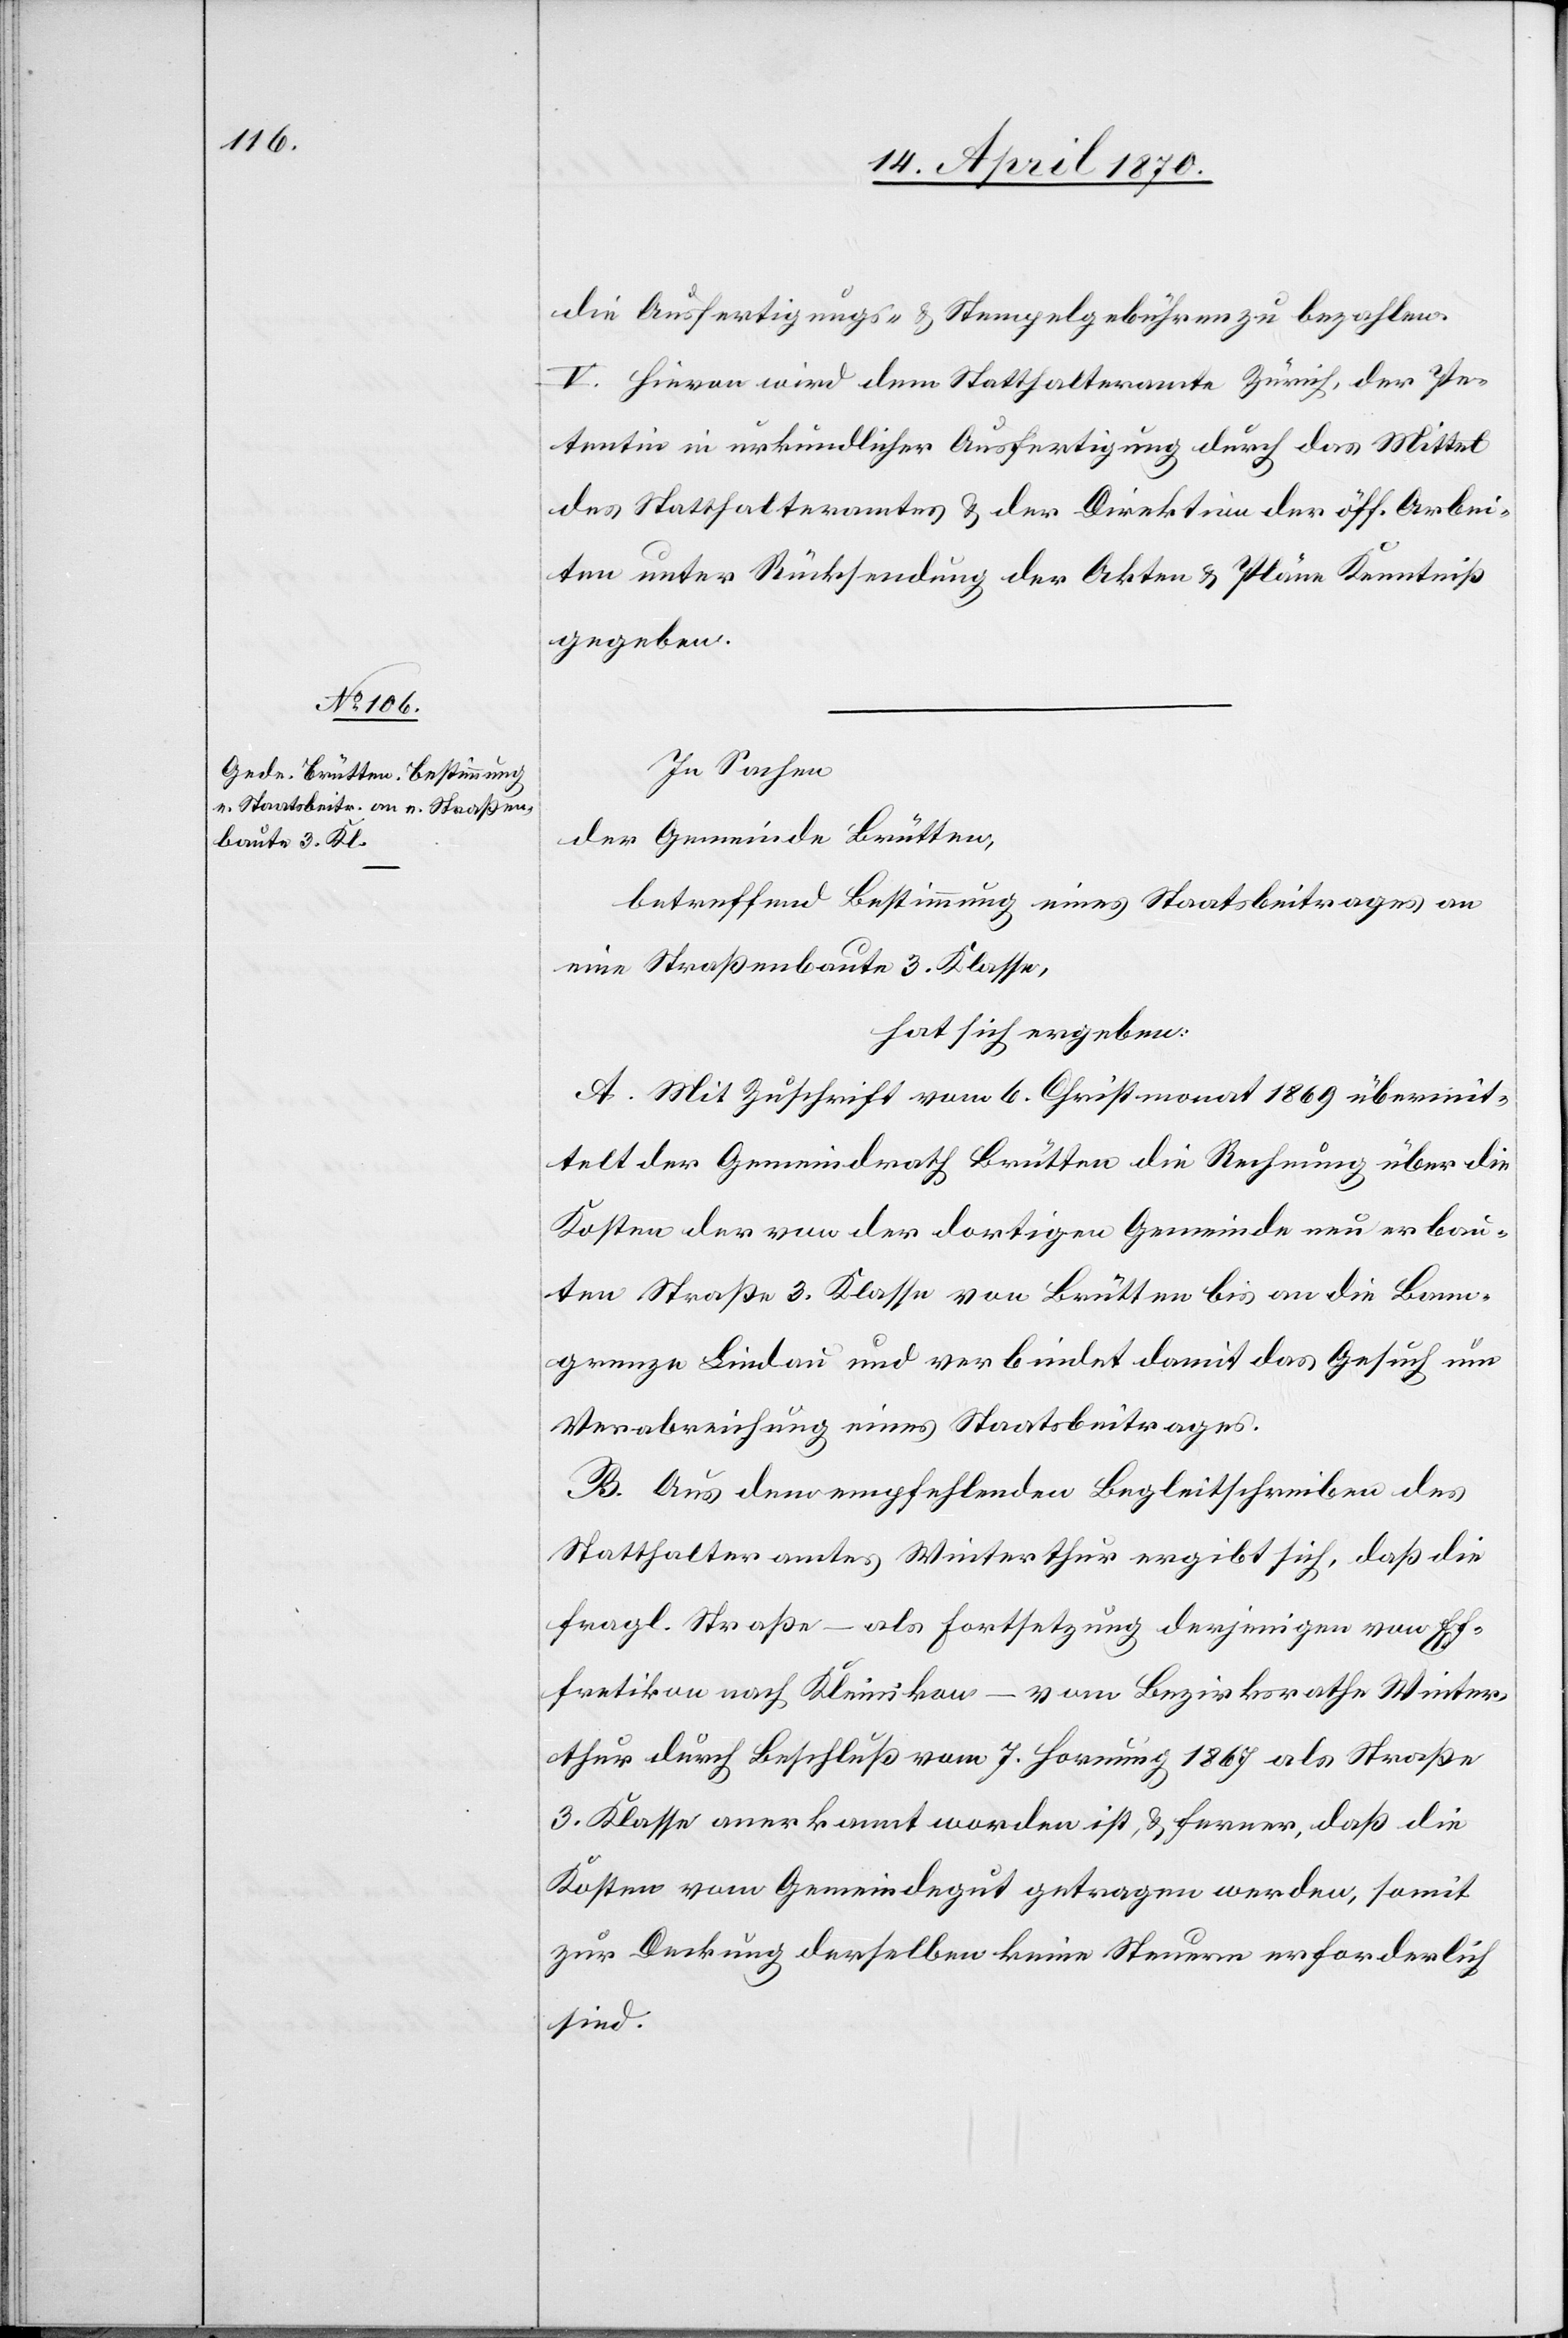
die Ausfertigungs- & Stempelgebühren zu bezahlen.
V. Hievon wird dem Statthalteramte Zürich, der Pe¬
tentin in urkundlicher Ausfertigung durch das Mittel
des Statthalteramtes & der Direktion der öff. Arbei¬
ten unter Rücksendung der Karten & Pläne Kenntniß
gegeben.
In Sachen,
der Gemeinde Brütten,
betreffend Bestimmung eines Staatsbeitrages an
eine Straßenbaute 3. Klasse,
hat sich ergeben:
A. Mit Zuschrift vom 6. Christmonat 1869 übermit¬
telt der Gemeindrath Brütten die Rechnung über die
Kosten der von der dortigen Gemeinde neu erbau¬
ten Straße 3. Klasse von Brütten bis an die Bann¬
grenze Lindau und verbindet damit das Gesuch um
Verabreichung eines Staatsbeitrages.
B. Aus dem empfehlenden Begleitschreiben des
Statthalteramtes Winterthur ergibt sich, daß die
fragl. Straße – als Fortsetzung derjenigen von Ef¬
fretikon nach Kleinikon – vom Bezirksrathe Winter¬
thur durch Beschluß vom 7. Hornung 1867 als Straße
3. Klasse anerkannt worden ist, & ferner, daß die
Kosten vom Gemeindegut getragen werden, somit
zur Deckung derselben keine Steuern erforderlich
sind.